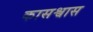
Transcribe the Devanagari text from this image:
कासश्वास